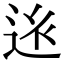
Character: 𨒢